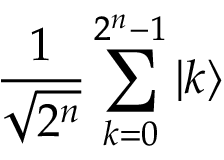
{ \frac { 1 } { \sqrt { 2 ^ { n } } } } \sum _ { k = 0 } ^ { 2 ^ { n } - 1 } | k \rangle